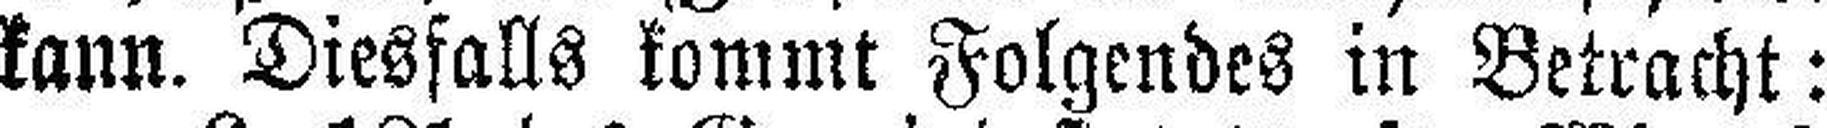
kann. Diesfalls kommt Folgendes in Betracht: